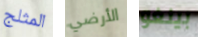
المثلج الأرضي بينغو